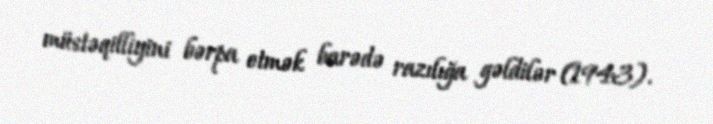
müstəqilliyini bərpa etmək barədə razılığa gəldilər (1943).